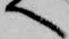
へ